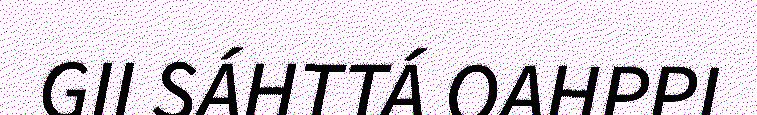
GII SÁHTTÁ OAHPPI